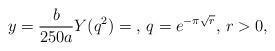
LaTeX: \begin{align*}y=\frac{b}{250a}Y(q^2)=\textrm{, }q=e^{-\pi\sqrt{r}}\textrm{, }r>0,\end{align*}